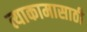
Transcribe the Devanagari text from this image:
त्याकामासाठी